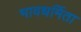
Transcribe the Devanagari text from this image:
भावधर्मिता